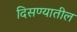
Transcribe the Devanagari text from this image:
दिसण्यातील